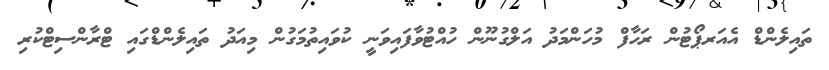
ތައިލެންޑް އެއަރޕޯޓުން ރަހާފް މުހަންމަދު އަލްގުނޫން ހުއްޓުވާފައިވަނީ ކުވައިތުމަގުން މިއަދު ތައިލެންޑްގައި ޓްރާންސިޓްކުރި